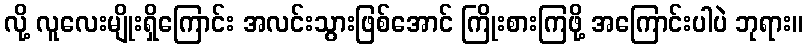
လို့ လူလေးမျိုးရှိကြောင်း အလင်းသွားဖြစ်အောင် ကြိုးစားကြဖို့ အကြောင်းပါပဲ ဘုရား။